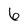
Character: 6